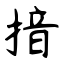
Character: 揞